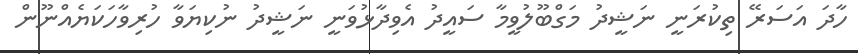
ހާދަ އަސަރޭ ތިކުރަނީ ނަޝީދު މަގްބޫލުވީމާ ސައީދު އެވިދާޅުވަނީ ނަޝީދު ނުކިޔަވާ ހުރިވާހަކަޔެއްނޫން